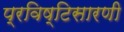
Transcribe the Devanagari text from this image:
प्रविष्टिसारणी